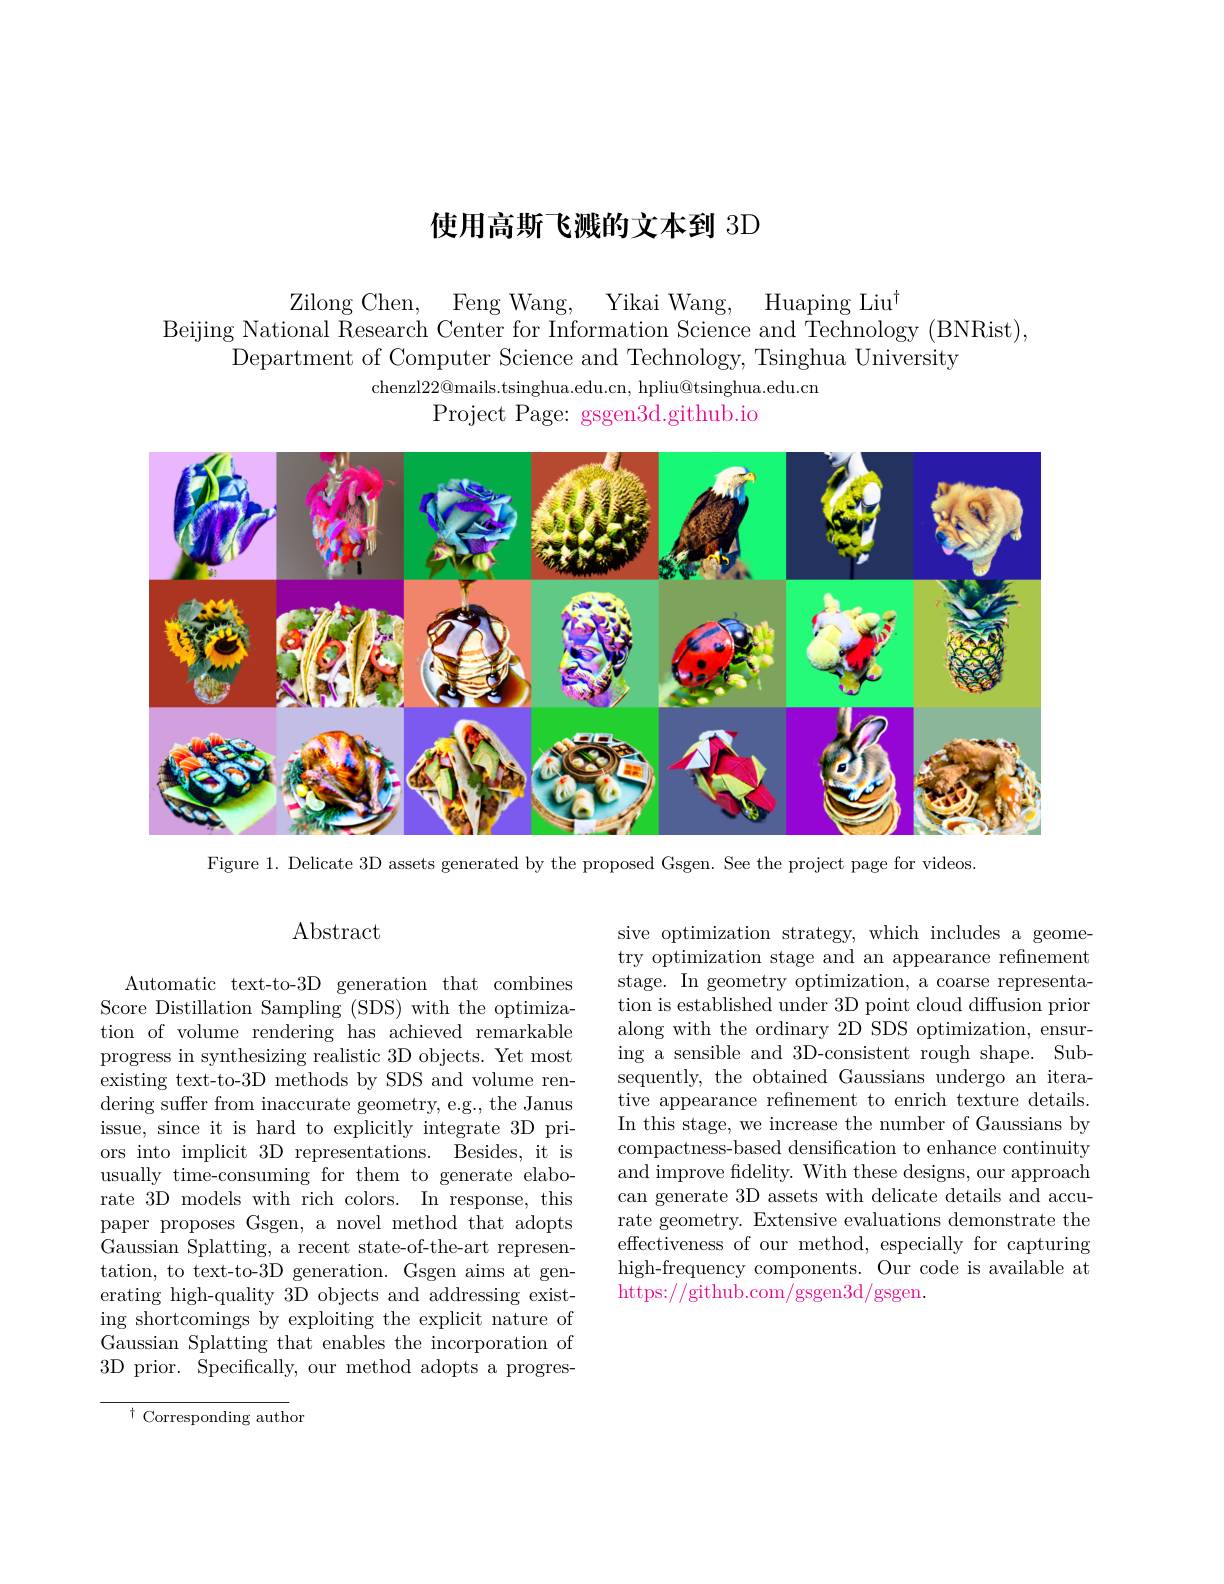
# 使用高斯飞溅的文本到 3D

Zilong Chen,
Yikai Wang,
Huaping Liu$^{\dagger}$
Feng Wang,
Beijing National Research Center for Information Science and Technology (BNRist),
Department of Computer Science and Technology, Tsinghua University
chenzl$22@$mails.tsinghua.edu.cn, hpliu@tsinghua.edu.cn
Project Page: gsgen3d.github.io

<FigureHere>

Figure 1. Delicate 3D assets generated by the proposed Gsgen. See the project page for videos.

# $\operatorname{Abstract}$

Automatic text-to-3D generation that combines Score Distillation Sampling (SDS) with the optimization of volume rendering has achieved remarkable progress in synthesizing realistic 3D objects. Yet most existing text-to-3D methods by SDS and volume rendering suffer from inaccurate geometry, e. g. , the Janus issue, since it is hard to explicitly integrate 3D priors into implicit 3D representations. Besides, it is usually time-consuming for them to generate elaborate 3D models with rich colors. In response, this paper proposes Gsgen, a novel method that adopts Gaussian Splatting, a recent state-of-the-art representation, to text-to-3D generation. Gsgen aims at generating high-quality $\bar{3\text{D objects and addressing exist-}}$ ing shortcomings by exploiting the explicit nature of Gaussian Splatting that enables the incorporation of 3D prior. Specifically, our method adopts a progres-

${\overline{{\uparrow}\text{Corresponding auth}}}$or

sive optimization strategy, which includes a geometry optimization stage and an appearance refinement stage. In geometry optimization, a coarse representa- $\bar{\text{tion is established under 3D point cloud diffusion prior}}$ along with the ordinary 2D SDS optimization, ensuring a sensible and 3D-consistent rough shape. Subsequently, the obtained Gaussians undergo an iterative appearance refinement to enrich texture details. In this stage, we increase the number of Gaussians by compactness-based densification to enhance continuity and improve fidelity. With these designs, our approach can generate 3D assets with delicate details and accurate geometry. Extensive evaluations demonstrate the effectiveness of our method, especially for capturing high-frequency components. Our code is available at https://github.com/gsgen3d/gsgen.